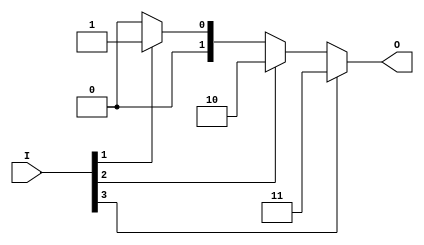
module simple_binary_encoder (
    input wire [3:0] I,  // 4 input lines
    output reg [1:0] O   // 2 output lines
);

    always @(*) begin
        case (1'b1)  // Check for active inputs
            I[3]: O = 2'b11;  // Highest priority input I[3]
            I[2]: O = 2'b10;  // Next, I[2]
            I[1]: O = 2'b01;  // Next, I[1]
            I[0]: O = 2'b00;  // Lowest priority input I[0]
            default: O = 2'b00; // No active input case
        endcase
    end

endmodule